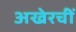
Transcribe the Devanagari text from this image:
अखेरचीं